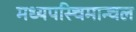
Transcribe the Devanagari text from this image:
मध्यपस्चिमान्चल